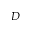
D